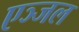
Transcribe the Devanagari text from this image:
एञ्जल